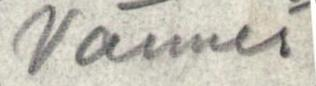
Vänner